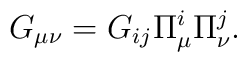
G_{\mu \nu} = G_{ij}\Pi^{i}_{\mu} \Pi^{j}_{\nu} .